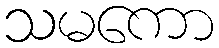
သမကော